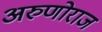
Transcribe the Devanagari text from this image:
अरुणोराज